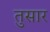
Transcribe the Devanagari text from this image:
तुसार